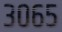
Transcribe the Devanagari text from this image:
३०६५